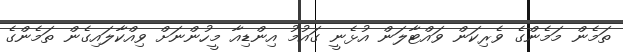
ތަމެން މަމެންގެ ވެރިކަން ވައްޓާލަން އުޅެނީ ގައުމު އިންޑިއާ މީހުންނަށް ވިއްކާލައިގެން ތަމެންގެ